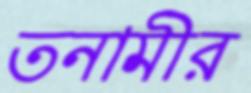
তনামীর